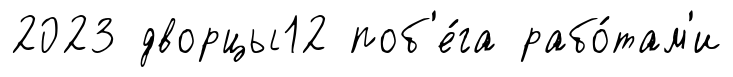
2023 дворцы12 поб'е́га рабо́там'и